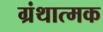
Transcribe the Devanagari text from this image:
ग्रंथात्मक